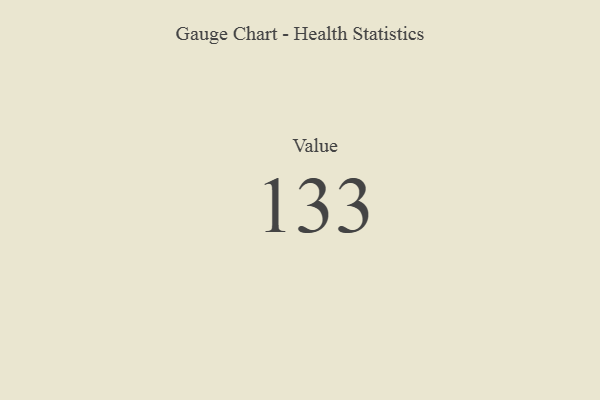
{"axis": {"x": "Metric", "y": "Value"}, "legend": [""], "data": [{"x": "Value", "y": 133, "type": ""}]}